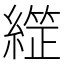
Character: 𦄙